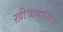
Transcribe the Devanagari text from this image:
ख़ीवावासियों